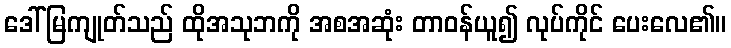
ဒေါ်မြကျုတ်သည် ထိုအသုဘကို အစအဆုံး တာဝန်ယူ၍ လုပ်ကိုင် ပေးလေ၏။